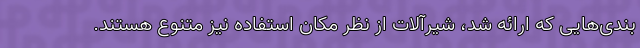
‌بندی‌هایی که ارائه شد، شیرآلات از نظر مکان استفاده نیز متنوع هستند.